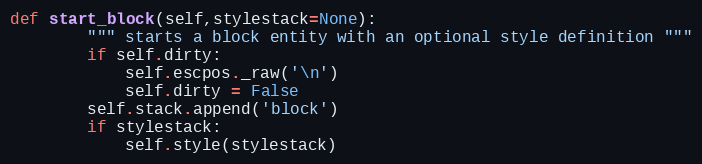
Language: Python
def start_block(self,stylestack=None):
        """ starts a block entity with an optional style definition """
        if self.dirty:
            self.escpos._raw('\n')
            self.dirty = False
        self.stack.append('block')
        if stylestack:
            self.style(stylestack)